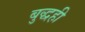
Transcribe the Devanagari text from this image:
बुद्धही